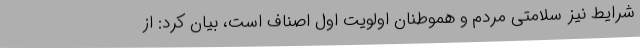
شرایط نیز سلامتی مردم و هموطنان اولویت اول اصناف است، بیان کرد: از